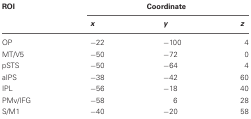
| ROI | <COLSPAN=3> Coordinate |
 |  | x | y | z |
 | --- | --- | --- | --- |
 | OP | −22 | −100 | 4 |
 | MT/V5 | −50 | −72 | 0 |
 | pSTS | −50 | −64 | 4 |
 | aIPS | −38 | −42 | 60 |
 | IPL | −56 | −18 | 40 |
 | PMv/IFG | −58 | 6 | 28 |
 | S/M1 | −40 | −20 | 58 |